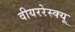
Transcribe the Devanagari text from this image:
वीयररेस्क्यू